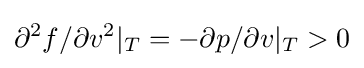
\partial ^{2}f/\partial v^{2}|_{T}=-\partial p/\partial v|_{T}>0